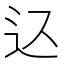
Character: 𲅋